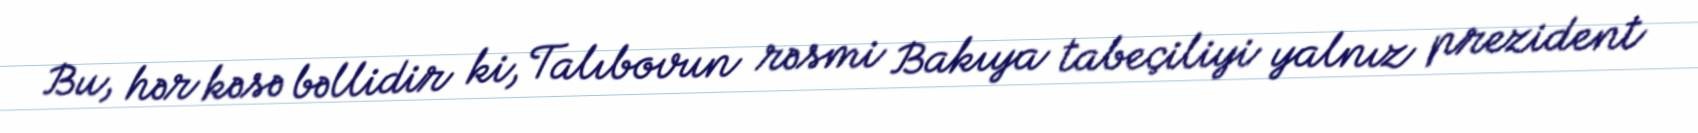
Bu, hər kəsə bəllidir ki, Talıbovun rəsmi Bakıya tabeçiliyi yalnız prezident